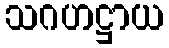
သဂဟဋ္ဌာယ